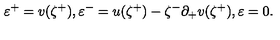
\varepsilon ^ { + } = v ( \zeta ^ { + } ) , \varepsilon ^ { - } = u ( \zeta ^ { + } ) - \zeta ^ { - } \partial _ { + } v ( \zeta ^ { + } ) , \varepsilon = 0 .